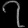
Digit: ၇